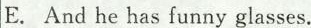
E.And he has funny glasses.